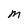
Character: M